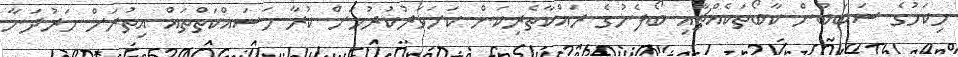
މިކަމުގެ ސަބަބުން ކާބޯތަކެއްޗާއި ބޯފެނުގެ ރައްކާތެރިކަން ކަށަވަރުކުރުމަށް ކުރާ މަސައްކަތްތައް އިތުރަށް ހަރުދަނާ